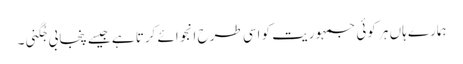
ہمارے ہاں ہر کوئی جمہوریت کو اسی طرح انجوائے کرتا ہے جیسے پنجابی جُگنی۔